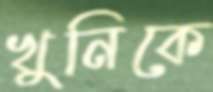
খুনিকে